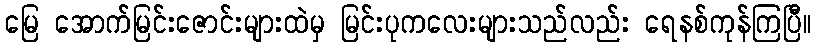
မြေ အောက်မြင်းဇောင်းများထဲမှ မြင်းပုကလေးများသည်လည်း ရေနစ်ကုန်ကြပြီ။